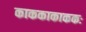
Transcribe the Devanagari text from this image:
काककाकाककः